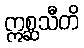
ဣစ္ဆသီတိ